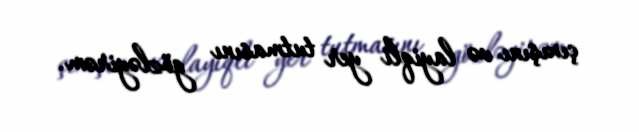
çıxışını və layiqli yer tutmasını gözləyirəm.